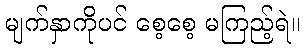
မျက်နှာကိုပင် စေ့စေ့ မကြည့်ရဲ။